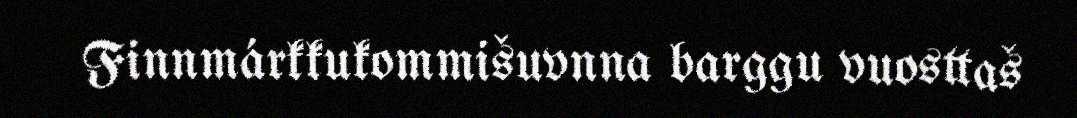
Finnmárkkukommišuvnna barggu vuosttaš